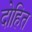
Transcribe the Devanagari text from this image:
दोहित